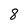
Character: 8